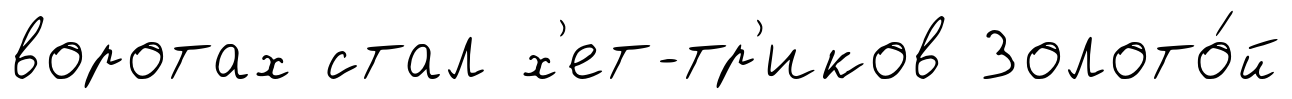
воротах стал х'ет-тр'иков Золото́й